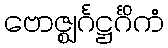
ဗောဇ္ဈင်္ဂဋ္ဌင်္ဂိကံ